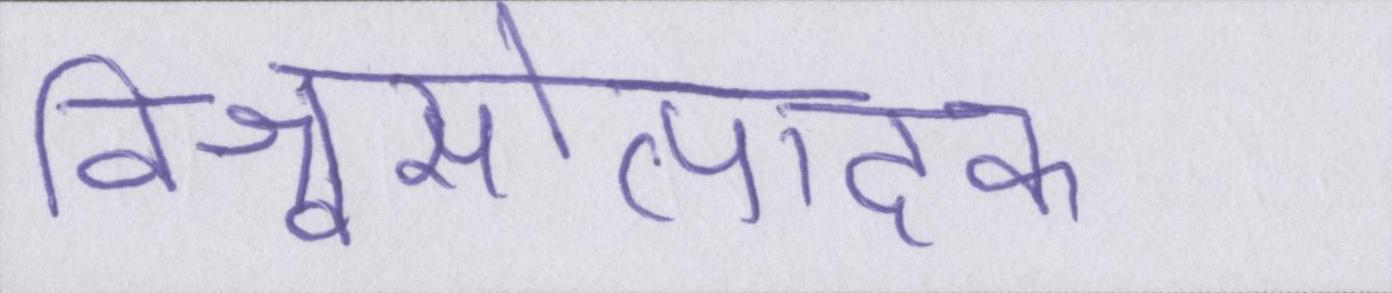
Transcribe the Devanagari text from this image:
विश्वासोत्पादक